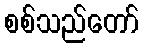
စစ်သည်တော်